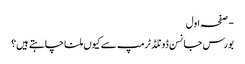
- صفحہ اول
بورس جانسن ڈونلڈ ٹرمپ سے کیوں ملنا چاہتے ہیں؟